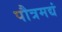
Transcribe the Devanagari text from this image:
पौत्रमद्यं